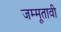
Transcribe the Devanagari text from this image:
जम्मूतावी